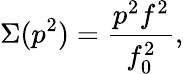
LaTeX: \Sigma(p^{2})=\frac{p^{2}f^{2}}{f_{0}^{2}},